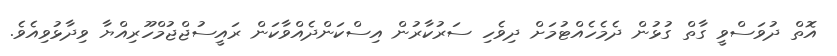
އޮތް ދުވަސްވީ ގާތް ގުޅުން ދެމެހެއްޓުމަށް ދިވެހި ސަރުކާރުން އިސްކަންދެއްވާކަން ރައީސުޖްޖުމްހޫރިއްޔާ ވިދާޅުވިއެވެ.